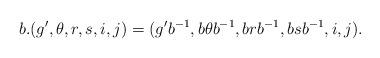
LaTeX: \begin{align*} b.(g',\theta,r,s,i,j) = (g'b^{-1},b\theta b^{-1},brb^{-1},bsb^{-1}, i,j). \end{align*}